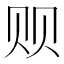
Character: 𲂻